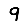
Digit: 9